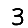
Digit: 3